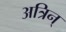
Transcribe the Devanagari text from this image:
अत्रिन्